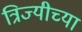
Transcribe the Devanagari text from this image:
त्रिज्यीच्या